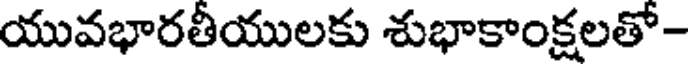
యువభారతీయులకు శుభాకాంక్షలతో-